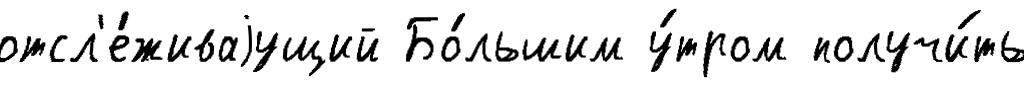
отсл'е́живаjущий Бо́льшим у́тром получи́ть